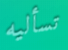
تسأليه